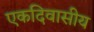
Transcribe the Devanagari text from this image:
एकदिवासीय